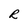
Character: R